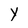
Character: y